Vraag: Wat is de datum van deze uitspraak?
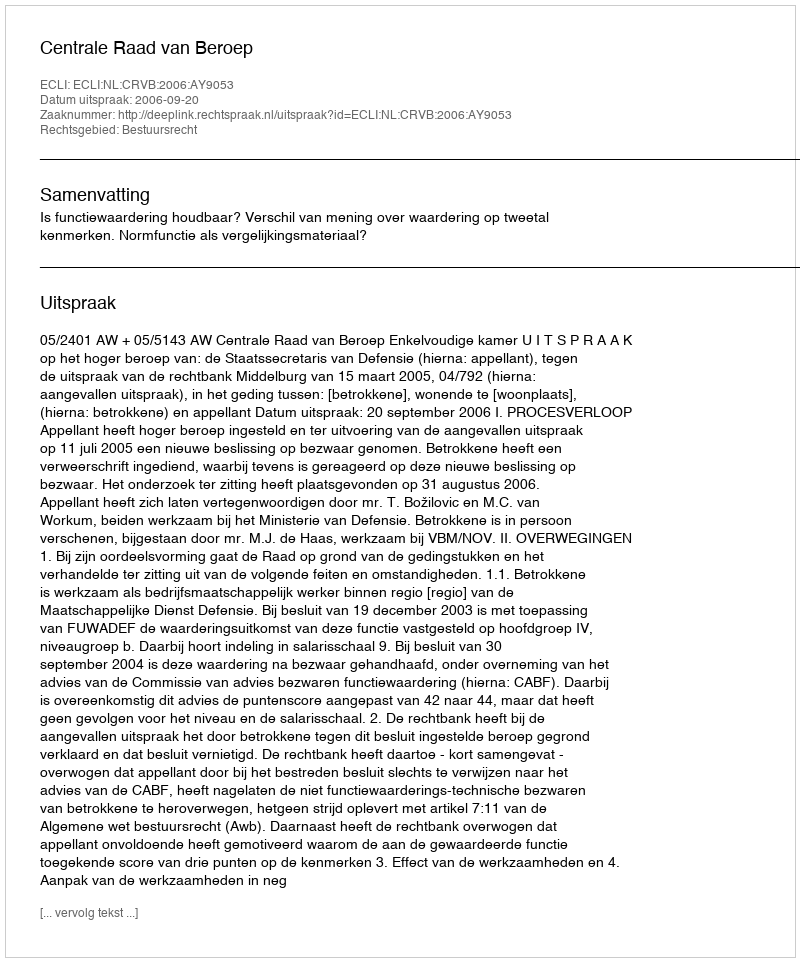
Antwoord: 2006-09-20